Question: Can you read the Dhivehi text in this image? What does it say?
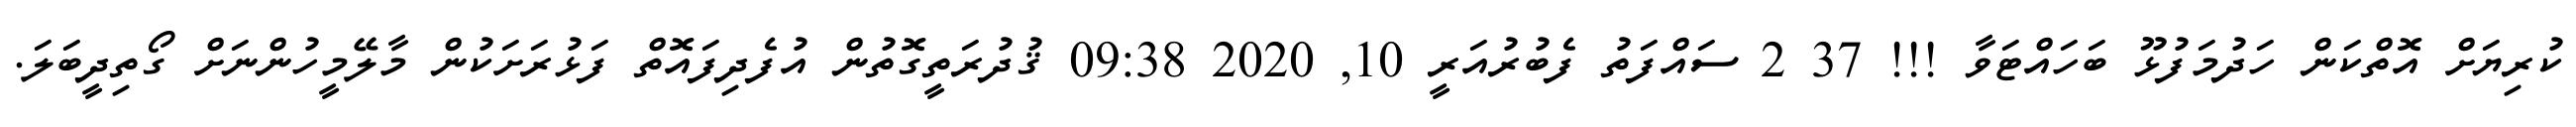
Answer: ކުރިޔަށް އޮތްކަން ހަދުމަފުޅޫ ބަހައްޓަވާ !!! 37 2 ސައްފަތު ފެބުރުއަރީ 10, 2020 09:38 ޤުދުރަތީގޮތުން އުފެދިފައޮތް ފަޅުރަށަކުން މާލޭމީހުންނަށް ގޯތިދީބަލަ.